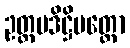
ဥတ္တမဒိဋ္ဌိပတ္တော